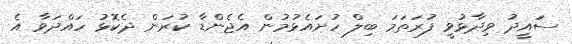
ސަައީދު ވިދާޅުވީ ފުރަތަމަ ބިލް ހުށައެޅުމުން އެޖެންޑާ ކުރަން ދެކޮޅު ހައްދަވާ އެ